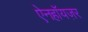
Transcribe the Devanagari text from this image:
ऐनहॉयज़र